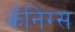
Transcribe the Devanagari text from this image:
कॅनिंग्स